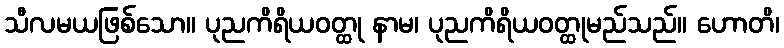
သီလမယဖြစ်သော။ ပုညကိရိယဝတ္ထု နာမ၊ ပုညကိရိယဝတ္ထုမည်သည်။ ဟောတိ၊